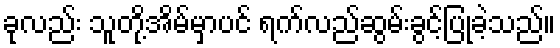
ခုလည်း သူတို့အိမ်မှာပင် ရက်လည်ဆွမ်းခွင့်ပြုခဲ့သည်။